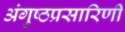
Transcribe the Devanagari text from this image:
अंगुष्ठप्रसारिणी